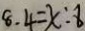
8 . 4 = x : 8